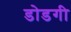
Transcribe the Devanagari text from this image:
डोडगी